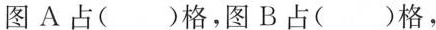
图A占( )格，图B占( )格，